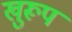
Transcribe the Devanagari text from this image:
खुरूप